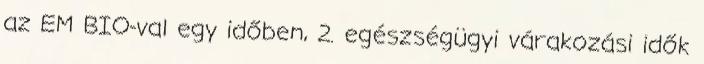
az EM BIO-val egy időben, 2. egészségügyi várakozási idők